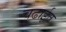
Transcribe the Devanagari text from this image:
चढाईत